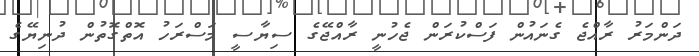
ދަންމަރު ރާއްޖެ ގެނައުން ފަސްކުރަން ޖެހުނީ ރާއްޖޭގެ ސިޔާސީ މަސްރަހު އޮތްގޮތުން ދުނިޔޭގެ